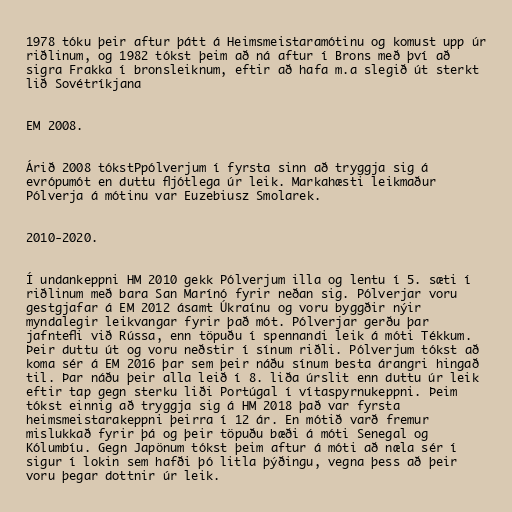
1978 tóku þeir aftur þátt á Heimsmeistaramótinu og komust upp úr
riðlinum, og 1982 tókst þeim að ná aftur í Brons með því að
sigra Frakka í bronsleiknum, eftir að hafa m.a slegið út sterkt
lið Sovétríkjana

EM 2008.

Árið 2008 tókstPpólverjum í fyrsta sinn að tryggja sig á
evrópumót en duttu fljótlega úr leik. Markahæsti leikmaður
Pólverja á mótinu var Euzebiusz Smolarek.

2010-2020.

Í undankeppni HM 2010 gekk Pólverjum illa og lentu í 5. sæti í
riðlinum með bara San Marínó fyrir neðan sig. Pólverjar voru
gestgjafar á EM 2012 ásamt Úkraínu og voru byggðir nýir
myndalegir leikvangar fyrir það mót. Pólverjar gerðu þar
jafntefli við Rússa, enn töpuðu í spennandi leik á móti Tékkum.
Þeir duttu út og voru neðstir í sínum riðli. Pólverjum tókst að
koma sér á EM 2016 þar sem þeir náðu sínum besta árangri hingað
til. Þar náðu þeir alla leið í 8. liða úrslit enn duttu úr leik
eftir tap gegn sterku liði Portúgal í vítaspyrnukeppni. Þeim
tókst einnig að tryggja sig á HM 2018 það var fyrsta
heimsmeistarakeppni þeirra í 12 ár. En mótið varð fremur
mislukkað fyrir þá og þeir töpuðu bæði á móti Senegal og
Kólumbíu. Gegn Japönum tókst þeim aftur á móti að næla sér í
sigur í lokin sem hafði þó litla þýðingu, vegna þess að þeir
voru þegar dottnir úr leik.